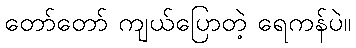
တော်တော် ကျယ်ပြောတဲ့ ရေကန်ပဲ။